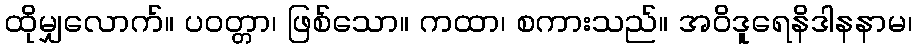
ထိုမျှလောက်။ ပဝတ္တာ၊ ဖြစ်သော။ ကထာ၊ စကားသည်။ အဝိဒူရေနိဒါနနာမ၊